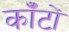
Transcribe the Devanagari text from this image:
कॉँटों